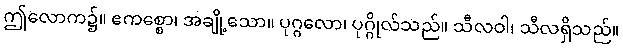
ဤလောက၌။ ဧကစ္စော၊ အချို့သော။ ပုဂ္ဂလော၊ ပုဂ္ဂိုလ်သည်။ သီလဝါ၊ သီလရှိသည်။